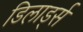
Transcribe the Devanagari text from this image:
डिलार्ड्स